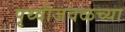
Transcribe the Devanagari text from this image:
पृथ्वीजवळच्या